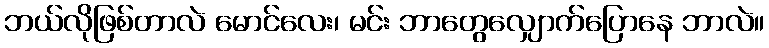
ဘယ်လိုဖြစ်တာလဲ မောင်လေး၊ မင်း ဘာတွေလျှောက်ပြောနေ ဘာလဲ။